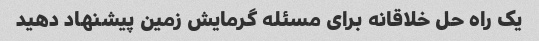
یک راه حل خلاقانه برای مسئله گرمایش زمین پیشنهاد دهید